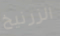
الزرنيخ